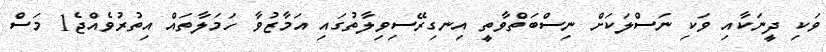
ވަކި ދީނަކާއި ވަކި ނަސްލަކަށް ނިސްބަތްވާތީ އިނގިރޭސިވިލާތުގައި އަމާޒުވާ ހަމަލާތައް އިތުރުވެއްޖެ1 މަސް